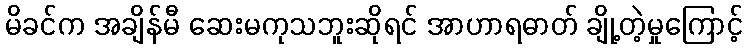
မိခင်က အချိန်မီ ဆေးမကုသဘူးဆိုရင် အာဟာရဓာတ် ချို့တဲ့မှုကြောင့်